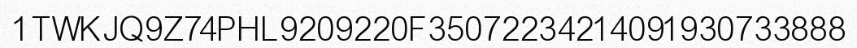
1TWKJQ9Z74PHL9209220F35072234214091930733888